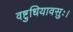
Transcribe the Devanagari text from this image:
वष्टुधियावसुः।